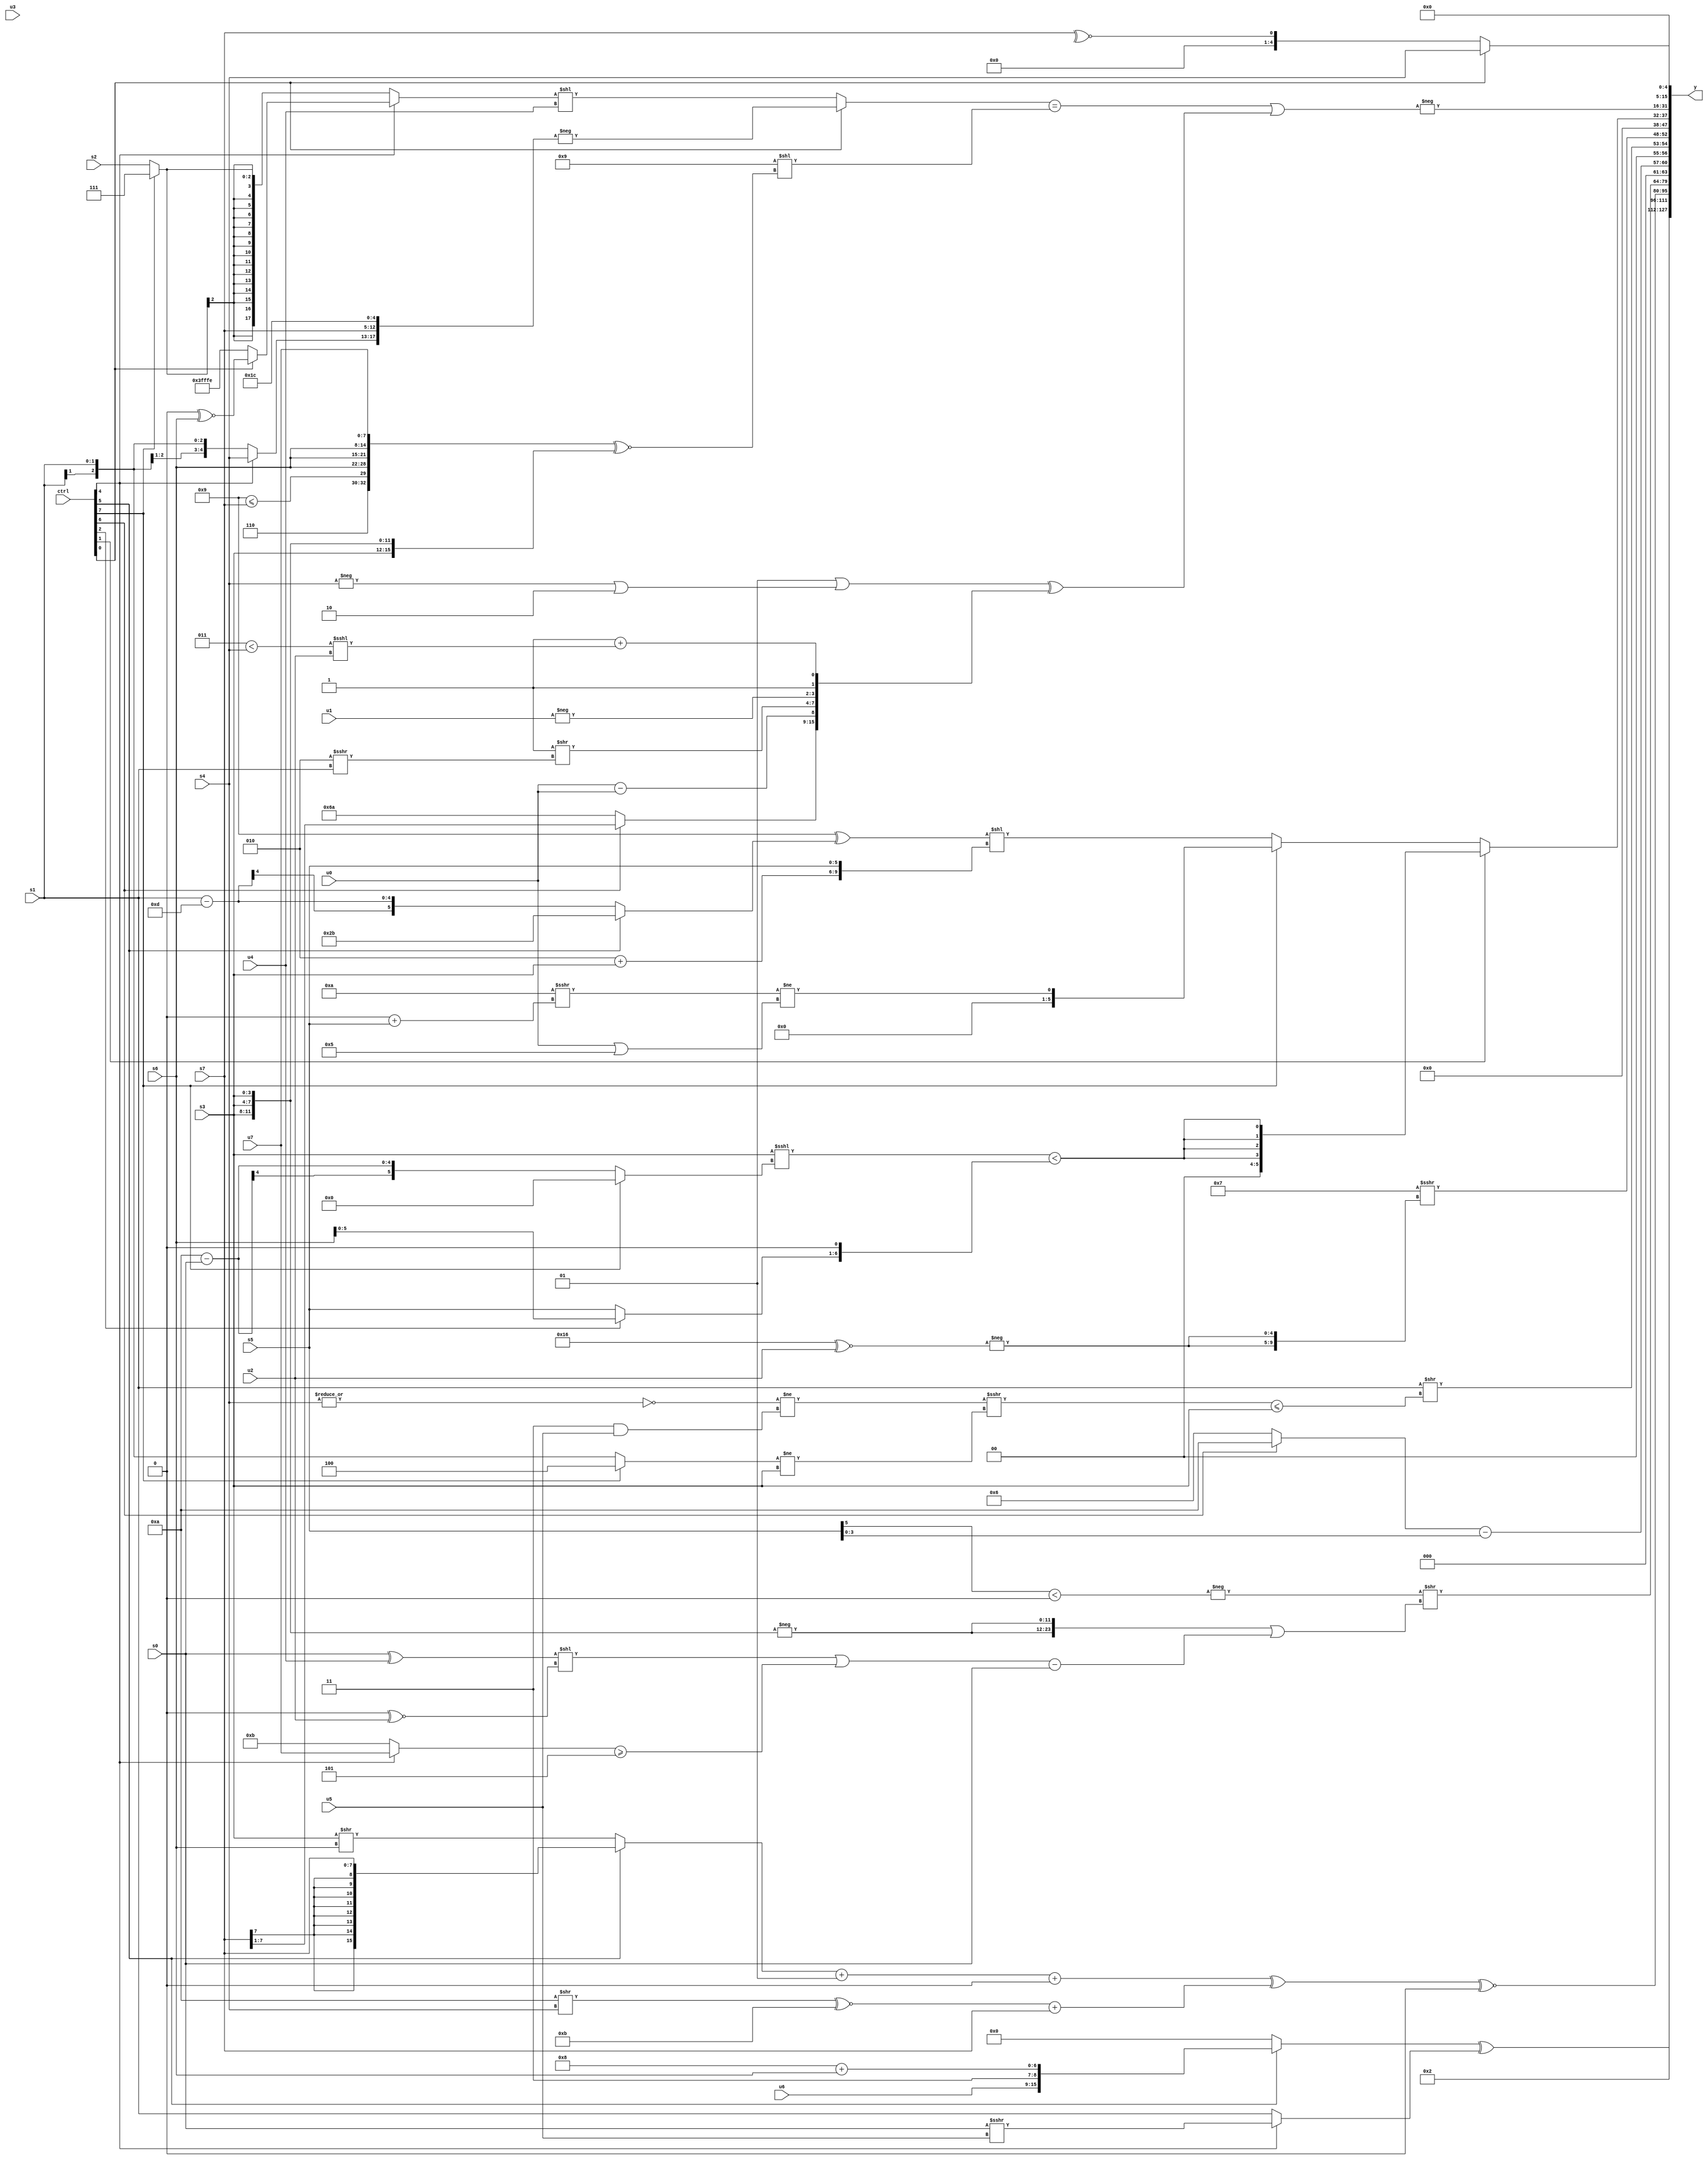
module wideexpr_00172(ctrl, u0, u1, u2, u3, u4, u5, u6, u7, s0, s1, s2, s3, s4, s5, s6, s7, y);
  input [7:0] ctrl;
  input [0:0] u0;
  input [1:0] u1;
  input [2:0] u2;
  input [3:0] u3;
  input [4:0] u4;
  input [5:0] u5;
  input [6:0] u6;
  input [7:0] u7;
  input signed [0:0] s0;
  input signed [1:0] s1;
  input signed [2:0] s2;
  input signed [3:0] s3;
  input signed [4:0] s4;
  input signed [5:0] s5;
  input signed [6:0] s6;
  input signed [7:0] s7;
  output [127:0] y;
  wire [15:0] y0;
  wire [15:0] y1;
  wire [15:0] y2;
  wire [15:0] y3;
  wire [15:0] y4;
  wire [15:0] y5;
  wire [15:0] y6;
  wire [15:0] y7;
  assign y = {y0,y1,y2,y3,y4,y5,y6,y7};
  assign y0 = ((ctrl[5]?{((ctrl[5]?s1:u6))&(u6),u6,-(+(2'b01)),($signed(5'sb01000))+($signed(s6))}:-((ctrl[2]?(2'sb00)<<<(1'sb0):2'sb00))))^({(ctrl[4]?+((s0)>>>(u5)):+(s1))});
  assign y1 = 2'b10;
  assign y2 = ((((+((ctrl[5]?s7:(s3)>>(s6))))+(2'sb01))+($signed(3'sb000)))^(+((($signed((6'b001010)>>(s4)))^~(6'sb001011))+(s7))))^~($signed(2'sb00));
  assign y3 = (-(((s5)>>>($signed($signed(5'sb11111))))<(1'sb0)))>>(($signed($signed({2{-($unsigned({3{s3}}))}})))|($signed(($signed((((s0)^(u4))<<((3'b000)^~(u2)))|(((ctrl[4]?u7:4'b1011))>=(5'b00101))))-(s0))));
  assign y4 = {($signed(+(($signed((ctrl[6]?5'sb01010:5'sb10110)))-(s5))))<<(2'sb10),(s1)>>(((((~|(s4))!=((3'sb011)&(u5)))>>>(((ctrl[7]?3'sb100:s1))!=($signed(s3))))<=(s3))|(4'sb0000)),(5'sb00111)>>>(({2{-($signed((5'sb10110)^~(u2)))}})<<<(5'sb00000))};
  assign y5 = (ctrl[1]?{4{($signed(($signed(s3))<<<((ctrl[7]?4'sb0000:(6'sb111010)-(s0)))))<($signed($signed(((ctrl[2]?s6:s5))<<(2'sb01))))}}:$unsigned((ctrl[7]?+((($signed(5'sb01010))>>>((1'sb0)+(s5)))!=(($signed(u0))|(4'sb0101))):((6'sb001001)^((ctrl[5]?$signed(6'sb101011):(s1)-(5'sb01101))))<<({(3'sb010)+(s3),s5}))));
  assign y6 = $unsigned(-((((ctrl[0]?$signed(-({(ctrl[4]?s4:s1),$signed(s7),1'b1,(4'sb1000)^(4'sb0100)})):((ctrl[4]?(ctrl[0]?(4'sb0000)^~(s6):3'sb110):$signed((ctrl[7]?2'sb11:s2))))<<(u4)))==((6'sb001001)<<(({{3'sb001,$signed(2'b10),(4'sb1001)<=(s7),{3{s6}}},u7})^~({4{s3}}))))|(({(2'sb01)|((+(-(s4)))|(3'sb110))})^({{$signed((ctrl[6]?(s7)>>>(4'sb0001):-(6'sb010110))),+(&((u0)-(u0))),(4'sb1111)>>($signed((3'sb010)>>>(s1)))},-(u1),+(1'sb1),(1'sb1)+((+((3'sb011)<(s4)))<<<(u2))}))));
  assign y7 = (ctrl[0]?s4:$unsigned($signed(~^(s7))));
endmodule